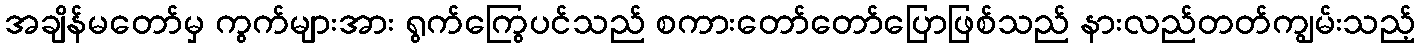
အချိန်မတော်မှ ကွက်များအား ရွက်ကြွေပင်သည် စကားတော်တော်ပြောဖြစ်သည် နားလည်တတ်ကျွမ်းသည့်